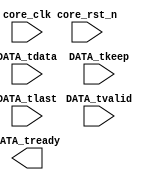
module ProcessData(
	input	core_clk,							//%	核心模块时钟
	input	core_rst_n,							//%	核心模块复位(低信号复位)
	input	[63:0]	DATA_tdata ,				//%	NAK数据包
	input	[7:0]	DATA_tkeep ,				//%	NAK包字节使能
	input			DATA_tvalid,				//%	NAK包有效信号
	output			DATA_tready,				//%	NAK包就绪信号
	input			DATA_tlast					//%	NAK包结束信号



);






endmodule